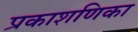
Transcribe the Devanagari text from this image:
प्रकाशणिका